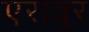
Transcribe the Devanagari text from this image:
एरावुर